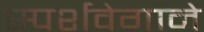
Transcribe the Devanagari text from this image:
स्पर्शवेगाने